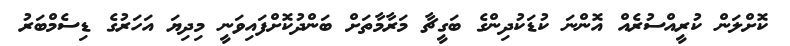
ކޮށްލަން ކުރީއްސުރެއް އޮންނަ ކުޑަކުދިންގެ ބަގީޗާ މަރާމާތަށް ބަންދުކޮށްފައިވަނީ މިދިޔަ އަހަރުގެ ޑިސެމްބަރު